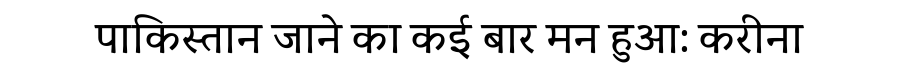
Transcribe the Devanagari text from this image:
पाकिस्तान जाने का कई बार मन हुआ: करीना